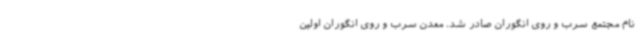
نام مجتمع سرب و روی انگوران صادر شد. معدن سرب و روی انگوران اولین